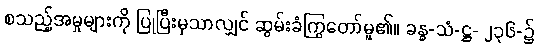
စသည့်အမှုများကို ပြုပြီးမှသာလျှင် ဆွမ်းခံကြွတော်မူ၏။ ခန္ဓ-သံ-ဋ္ဌ- ၂၃၆-၌